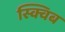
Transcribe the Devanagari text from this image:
स्क्विब